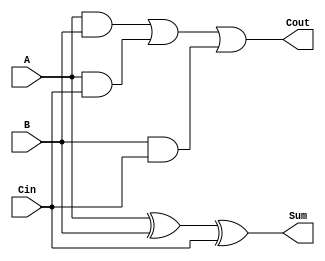
`timescale 1ns / 1ps
//////////////////////////////////////////////////////////////////////////////////
// Company: 
// Engineer: 
// 
// Design Name: 
// Module Name: Full_Adder_Gate
// Project Name: 
// Target Devices: 
// Tool Versions: 
// Description: 
// 
// Dependencies: 
// 
// Revision:
// Revision 0.01 - File Created
// Additional Comments:
// 
//////////////////////////////////////////////////////////////////////////////////


module Full_Adder_Gate(
    input A,
    input B,
    input Cin,
    output Sum,
    output Cout
    );
    
    wire w1, w2, w3;
    
    and AND1(w1,A, B);
    and AND2(w2,A, Cin);
    and AND3(w3,B, Cin);
    
    or OR1(Cout, w1, w2, w3);
    xor XOR1(Sum, A, B, Cin);
    
endmodule